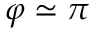
\varphi \simeq \pi